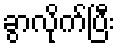
ခွာလိုက်ပြီး